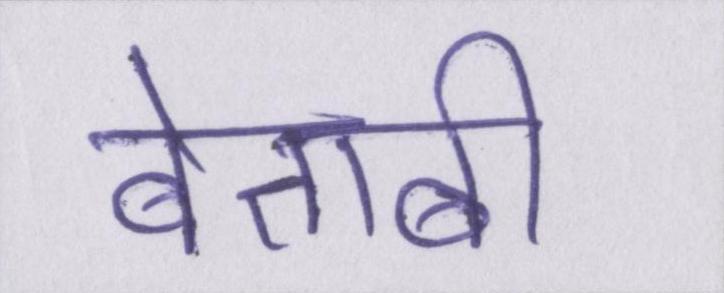
बेताबी